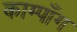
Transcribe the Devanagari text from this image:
काम्पाँग